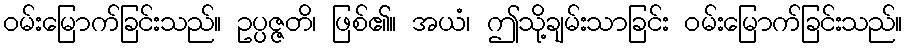
ဝမ်းမြောက်ခြင်းသည်။ ဥပ္ပဇ္ဇတိ၊ ဖြစ်၏။ အယံ၊ ဤသို့ချမ်းသာခြင်း ဝမ်းမြောက်ခြင်းသည်။